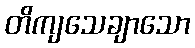
တိကျသေချာသော